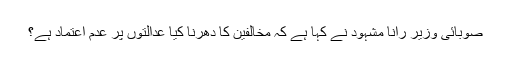
صوبائی وزیر رانا مشہود نے کہا ہے کہ مخالفین کا دھرنا کیا عدالتوں پر عدم اعتماد ہے؟